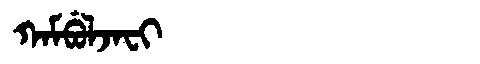
Manchu: ᡴᠠᠮᠪᡠᠯᠵᠠᠸᡳ
Romanization: KAMBULJAFI